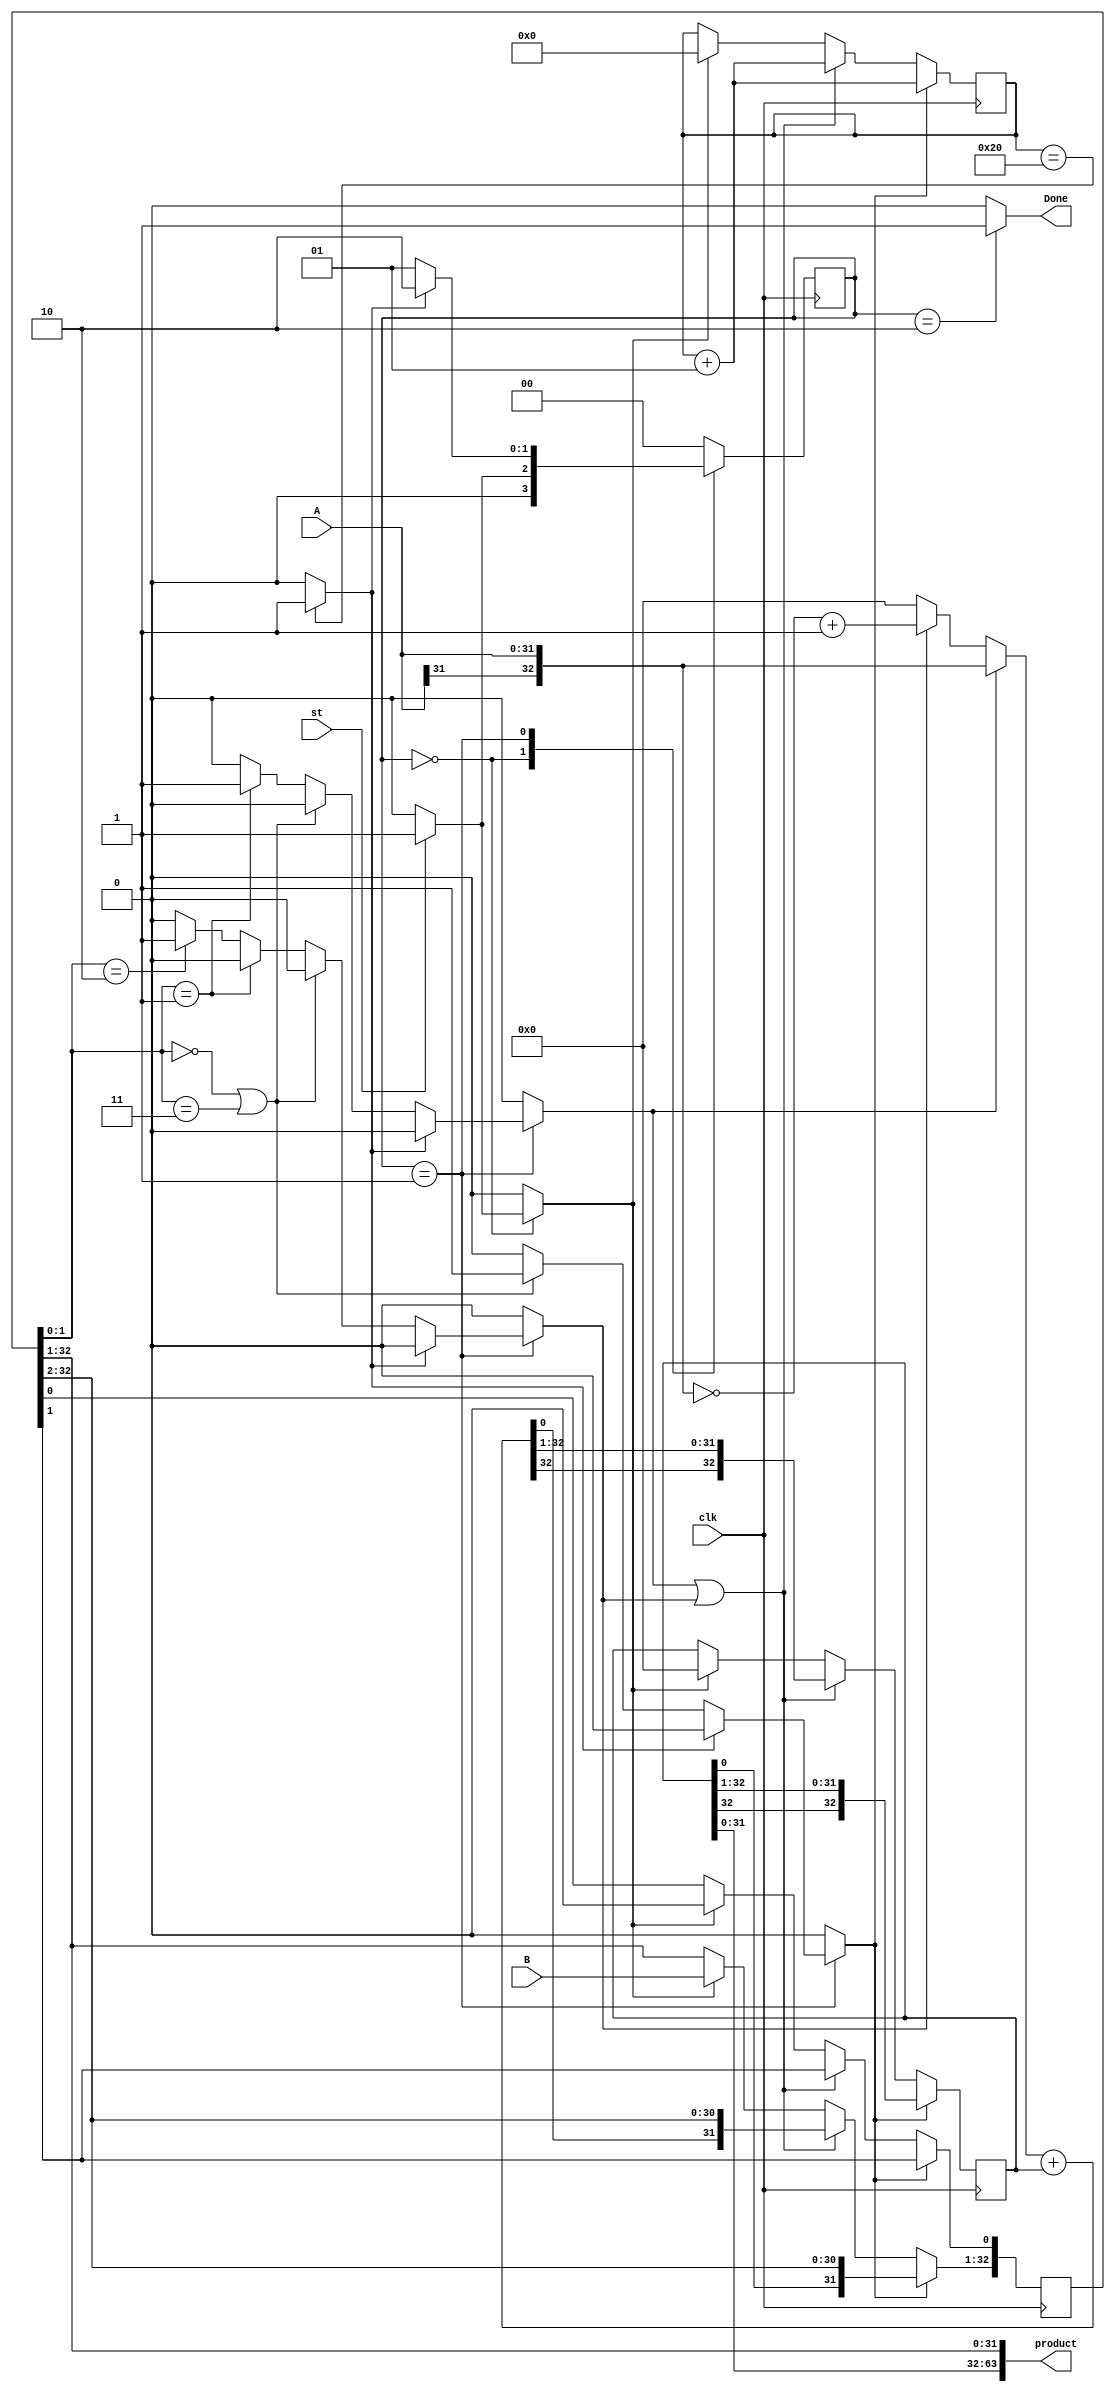
`timescale 1ns / 1ps
//////////////////////////////////////////////////////////////////////////////////
// Company: 
// Engineer: 
// 
// Design Name: 
// Module Name: booth
// Project Name: 
// Target Devices: 
// Tool Versions: 
// Description: 
// 
// Dependencies: 
// 
// Revision:
// Revision 0.01 - File Created
// Additional Comments:
// 
//////////////////////////////////////////////////////////////////////////////////

`define B1B0 RegB[1:0]
module booth#(parameter n = 32, START_STATE = 2'b00, SHIFT_AND_ADD_STATE = 2'b01, DONE_STATE = 2'b10)(input clk, input st, input [(n-1):0] A, input [(n-1):0] B, output[n*2-1:0] product, output Done

    );
    
    reg [(n):0] ACC;
    reg [(n):0] RegB;
    integer count;
    
    wire K;
    wire [n:0] A_in;
    wire [n:0] addout;
    
    reg load, sh, sh_addinvert, sh_add;
    reg [1:0] state, nextstate;
    
    assign Done = (state==DONE_STATE)? 1:0;
    assign A_in = (sh_add)? {A[n-1], A}:((sh_addinvert)? ~{A[n-1],A}+1:0);
    assign K = (count == n)? 1:0;
    assign addout = A_in + ACC;
    assign product = {ACC, RegB[n:1]};
    
    always@(state, st, K, RegB)
    begin
        nextstate<=0;
        load <=0;
        sh<=0;
        sh_addinvert <=0;
        sh_add <=0;
        case(state)
            START_STATE:
            begin
                if(st)
                begin
                    load <=1;
                    nextstate<=SHIFT_AND_ADD_STATE;
                end
                else
                    nextstate<=START_STATE;
            end
            
            SHIFT_AND_ADD_STATE:
            begin 
                if(K)
                    nextstate<=DONE_STATE;
                else
                begin
                    nextstate <= SHIFT_AND_ADD_STATE;
                if(`B1B0 == 2'b00 || `B1B0 == 2'b11)
                    sh<=1;
                else if(`B1B0 == 2'b01)
                    sh_add <=1;
                else if (`B1B0 == 2'b10)
                    sh_addinvert<=1;
                end
            end
            
            DONE_STATE:
            begin
                nextstate<=START_STATE;
            end
        endcase
    end
    
    always@(posedge clk)
    begin
        state<=nextstate;
        if(load)
        begin
            ACC<=0;
            RegB[n:1] <= B;
            RegB[0] <= 0;
            count <=0;
        end
        
        if(sh_add || sh_addinvert)
        begin
            ACC <= {addout[n], addout[n:1]};
            RegB  <= {addout[0], RegB[n:1]};
            count <= count +1;
        end
        
        if(sh)
        begin
            ACC <= {ACC[n], ACC[n:1]};
            RegB <= {ACC[0], RegB[n:1]};
            count <= count + 1;
        end
    end
    
    
endmodule